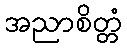
အညာစိတ္တံ